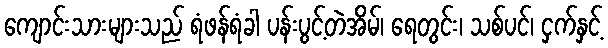
ကျောင်းသားများသည် ရံဖန်ရံခါ ပန်းပွင့်တဲအိမ်၊ ရေတွင်း၊ သစ်ပင်၊ ငှက်နှင့်